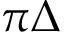
\pi \Delta